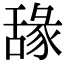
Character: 𦧫